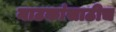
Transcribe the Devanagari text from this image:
नाटकांसाठीच